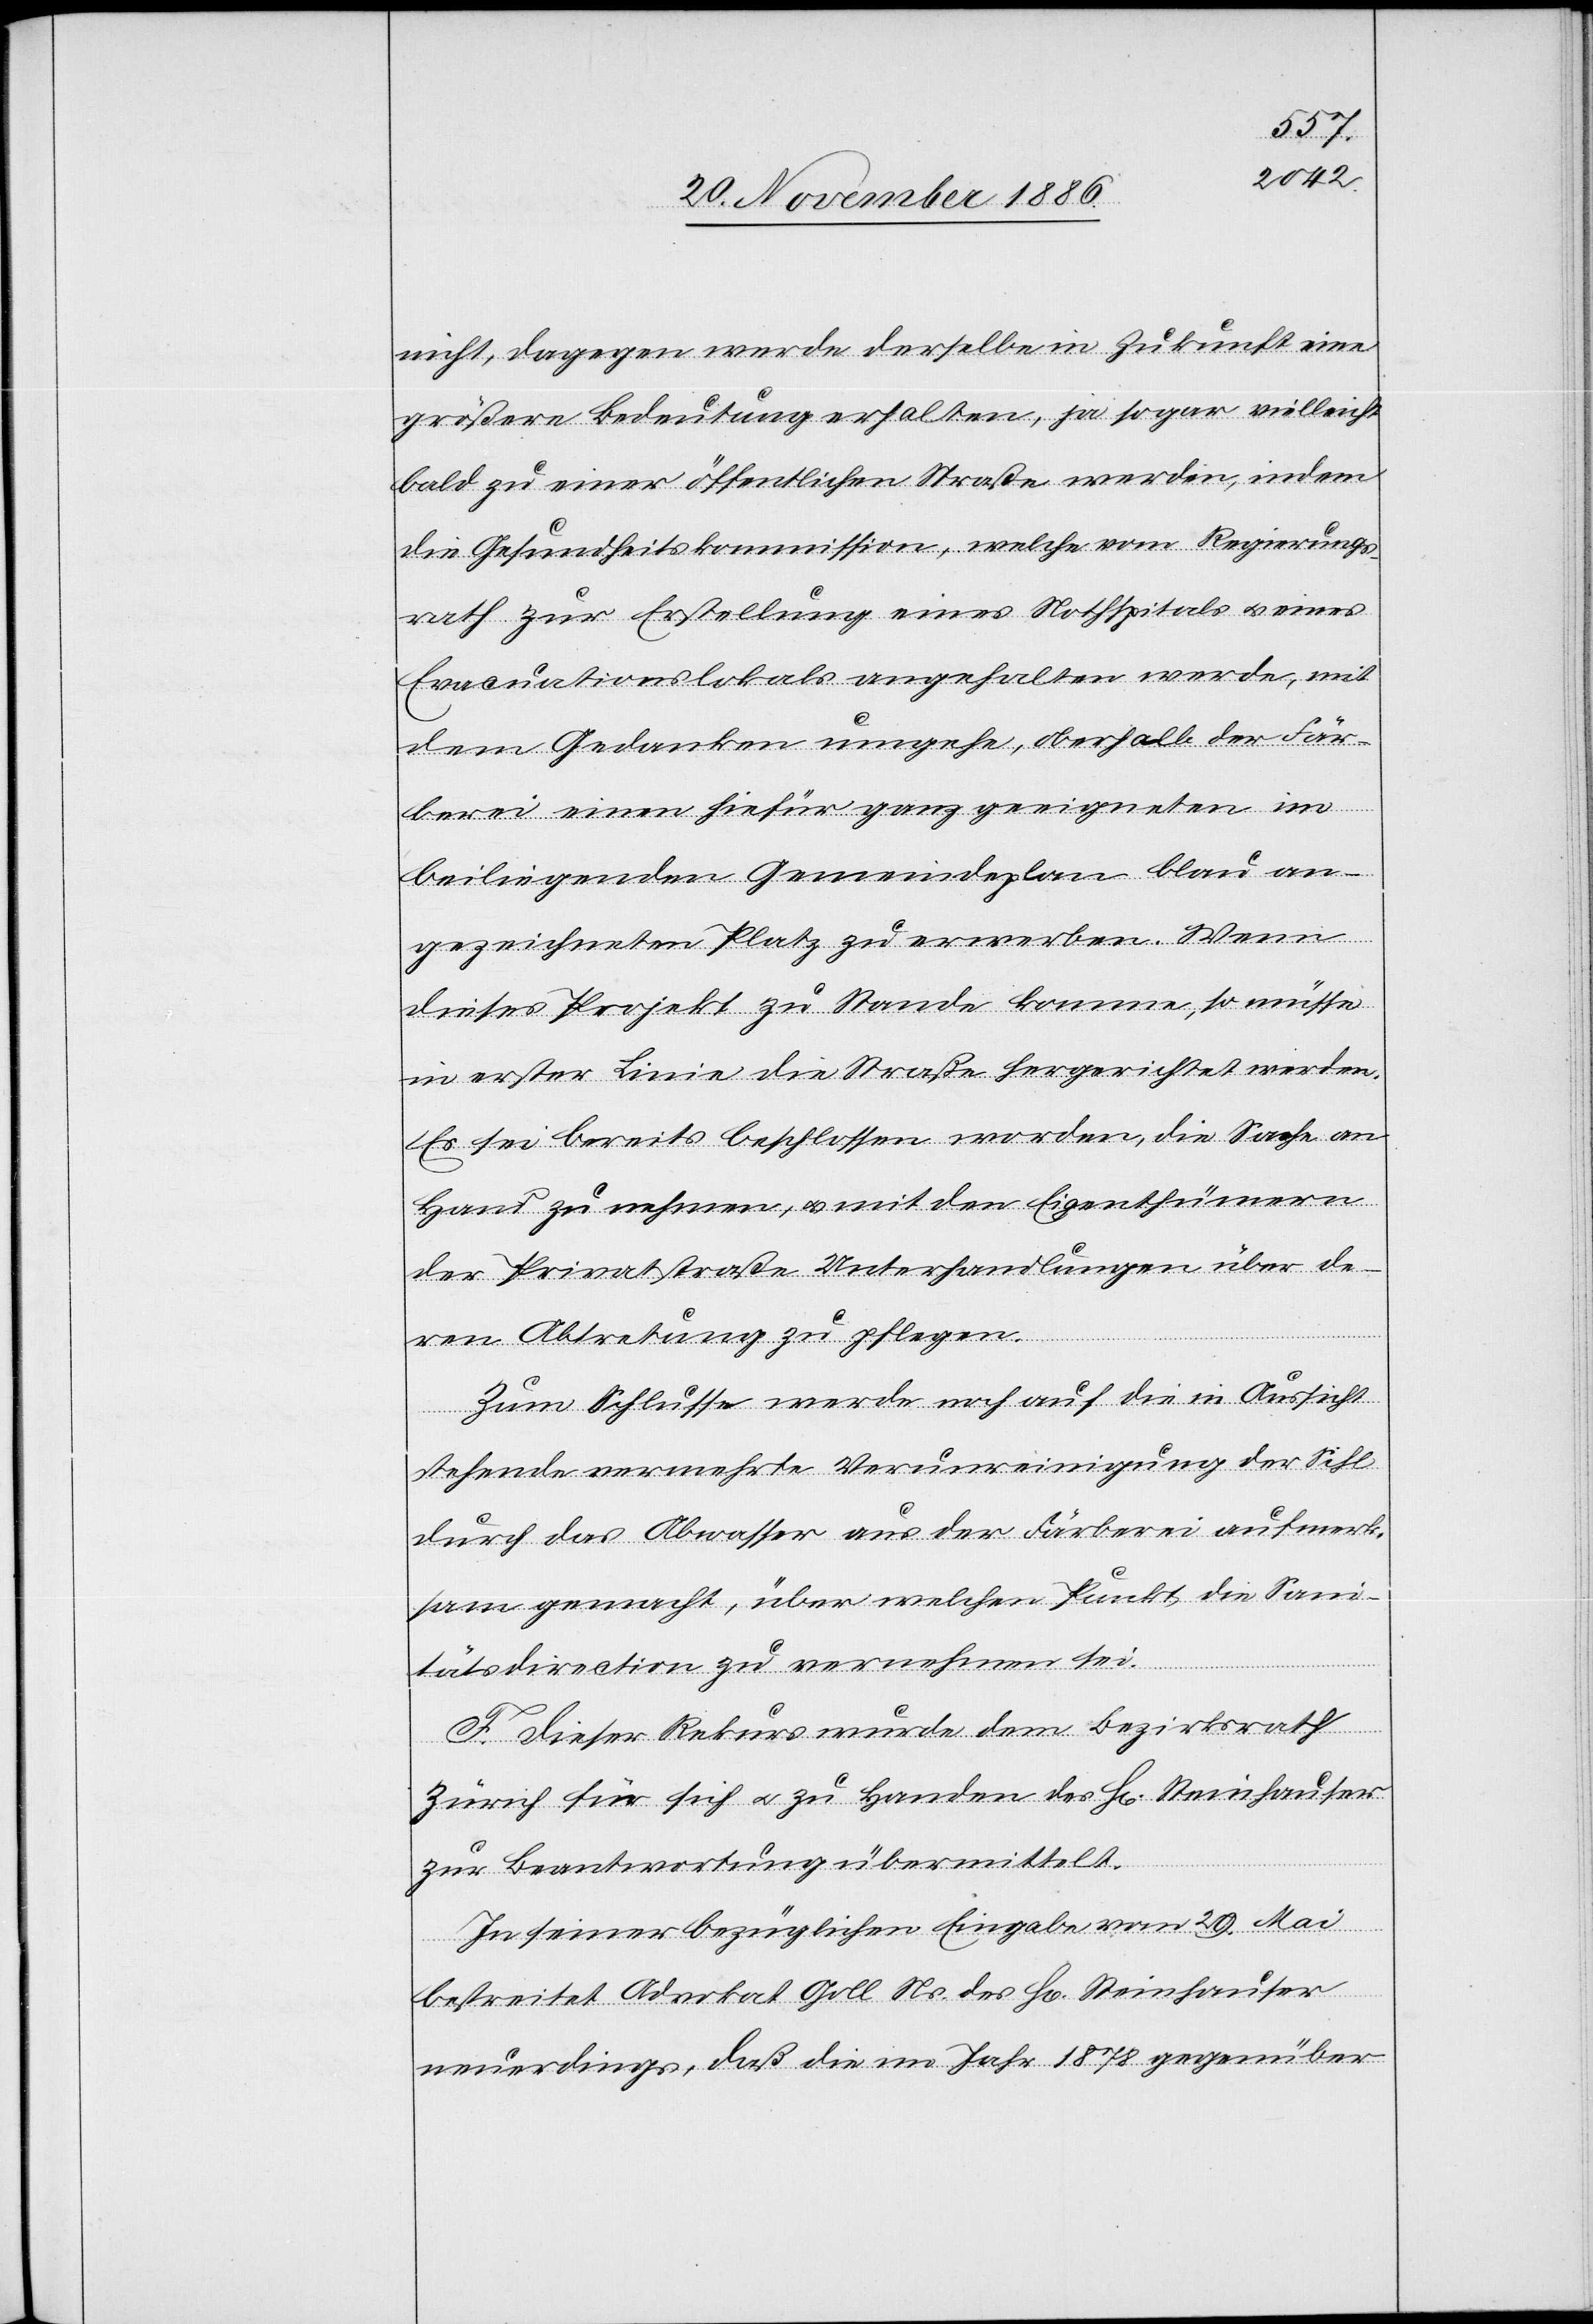
nicht, dagegen werde derselbe in Zukunft eine
größere Bedeutung erhalten, ja sogar vielleicht
bald zu einer öffentlichen Straße werden, indem
die Gesundheitskommission, welche vom Regierungs¬
rath zur Erstellung eines Nothspitals & eines
Evacuationslokals angehalten werde, mit
dem Gedanken umgehe, oberhalb der Fär¬
berei einen hiefür ganz geeigneten im
beiliegenden Gemeindeplan blau an¬
gezeichneten Platz zu erwerben. Wenn
dieses Projekt zu Stande komme, so müsse
in erster Linie die Straße hergerichtet werden.
Es sei bereits beschlossen worden, die Sache an
Hand zu nehmen, & mit den Eigenthümern
der Privatstraße Unterhandlungen über de¬
ren Abtretung zu pflegen.
Zum Schlusse werde noch auf die in Aussicht
stehende vermehrte Verunreinigung der Sihl
durch das Abwasser aus der Färberei aufmerk¬
sam gemacht, über welchen Punkt die Sani¬
tätsdirection zu vernehmen sei.
F. Dieser Rekurs wurde dem Bezirksrath
Zürich für sich & zu Handen des H[errn] Steinhauser
zur Beantwortung übermittelt.
In seiner bezüglichen Eingabe vom 29. Mai
bestreitet Advokat Goll Ns. des H[errn] Steinhauser
neuerdings, daß die im Jahr 1878 gegenüber